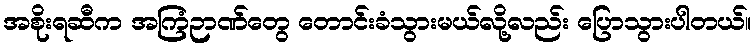
အစိုးရဆီက အကြံဉာဏ်တွေ တောင်းခံသွားမယ်လို့လည်း ပြောသွားပါတယ်။